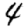
Digit: 4